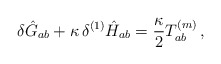
\begin{align*}\delta\hat{G}_{ab}+\kappa\, \delta^{(1)}\hat{H}_{ab}=\frac{\kappa}{2} T_{ab}^{(m)}\,,\end{align*}